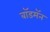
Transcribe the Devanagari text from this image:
बॉडमॅन